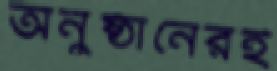
অনুষ্ঠানেরই